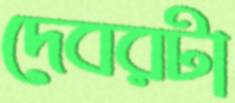
দেবরটা